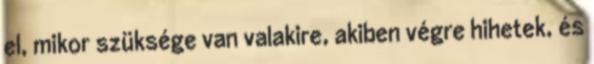
el, mikor szüksége van valakire, akiben végre hihetek, és